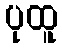
ပုထူ